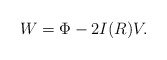
\begin{align*}W= \Phi - 2 I(R) V.\end{align*}